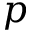
p